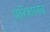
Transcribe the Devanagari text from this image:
परिशास्त्र